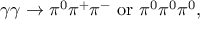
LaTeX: \gamma \gamma \to \pi ^ { 0 } \pi ^ { + } \pi ^ { - } \mathrm { ~ o r ~ } \pi ^ { 0 } \pi ^ { 0 } \pi ^ { 0 } ,